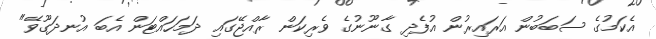
އެކަމުގެ ސަބަބުން އަރައިރުން އުފެދި ގާނޫނުގެ ވެރިކަން ރާއްޖޭގައި ދަމަހައްޓަން އެބަ އުނދަގޫވޭ"